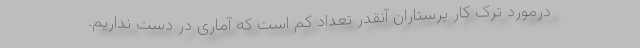
درمورد ترک کار پرستاران آنقدر تعداد کم است که آماری در دست نداریم.